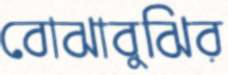
বোঝাবুঝির